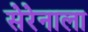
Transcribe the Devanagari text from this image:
सेरेनाला